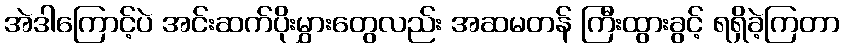
အဲဒါကြောင့်ပဲ အင်းဆက်ပိုးမွှားတွေလည်း အဆမတန် ကြီးထွားခွင့် ရရှိခဲ့ကြတာ